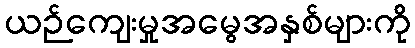
ယဉ်ကျေးမှုအမွေအနှစ်များကို